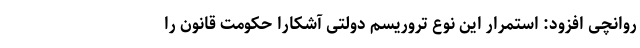
روانچی افزود: استمرار این نوع تروریسم دولتی آشکارا حکومت قانون را